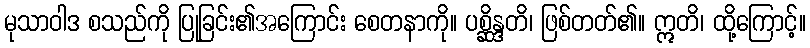
မုသာဝါဒ စသည်ကို ပြုခြင်း၏အကြောင်း စေတနာကို။ ပစ္ဆိန္ဒတိ၊ ဖြစ်တတ်၏။ ဣတိ၊ ထို့ကြောင့်။